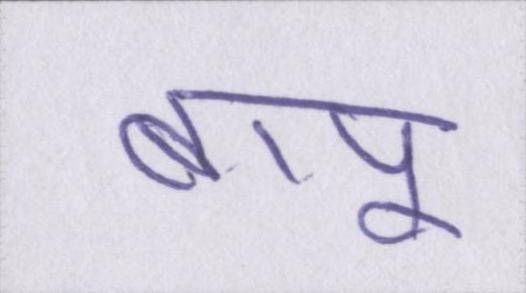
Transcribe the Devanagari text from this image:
बापू